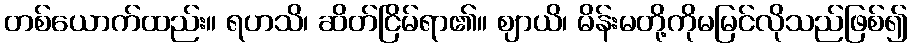
တစ်ယောက်ထည်း။ ရဟသိ၊ ဆိတ်ငြိမ်ရာ၏။ ဈာယိ၊ မိန်းမတို့ကိုမမြင်လိုသည်ဖြစ်၍